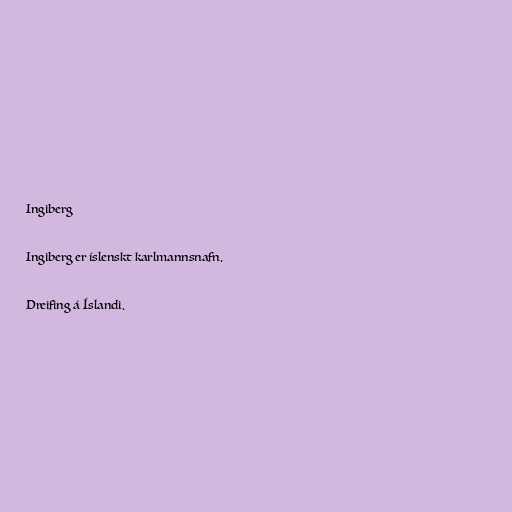
Ingiberg

Ingiberg er íslenskt karlmannsnafn.

Dreifing á Íslandi.